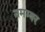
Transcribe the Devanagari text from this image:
नमम्बर